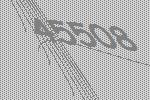
45508